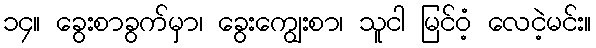
၁၄။ ခွေးစာခွက်မှာ၊ ခွေးကျွေးစာ၊ သူငါ မြင်ဝံ့ လေငဲ့မင်း။